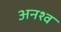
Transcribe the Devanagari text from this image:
अनश्व